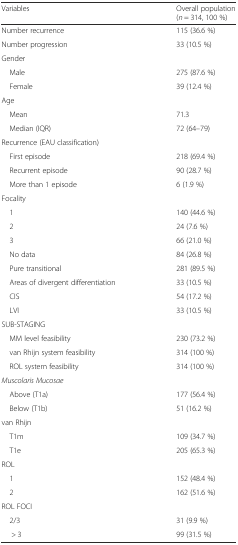
| Variables | Overall population (n = 314, 100 %) |
 | --- | --- |
 | Number recurrence | 115 (36.6 %) |
 | Number progression | 33 (10.5 %) |
 | <COLSPAN=2> Gender |
 | Male | 275 (87.6 %) |
 | Female | 39 (12.4 %) |
 | <COLSPAN=2> Age |
 | Mean | 71.3 |
 | Median (IQR) | 72 (64–79) |
 | <COLSPAN=2> Recurrence (EAU classification) |
 | First episode | 218 (69.4 %) |
 | Recurrent episode | 90 (28.7 %) |
 | More than 1 episode | 6 (1.9 %) |
 | <COLSPAN=2> Focality |
 | 1 | 140 (44.6 %) |
 | 2 | 24 (7.6 %) |
 | 3 | 66 (21.0 %) |
 | No data | 84 (26.8 %) |
 | Pure transitional | 281 (89.5 %) |
 | Areas of divergent differentiation | 33 (10.5 %) |
 | CIS | 54 (17.2 %) |
 | LVI | 33 (10.5 %) |
 | <COLSPAN=2> SUB-STAGING |
 | MM level feasibility | 230 (73.2 %) |
 | van Rhijn system feasibility | 314 (100 %) |
 | ROL system feasibility | 314 (100 %) |
 | <COLSPAN=2> Muscolaris Mucosae |
 | Above (T1a) | 177 (56.4 %) |
 | Below (T1b) | 51 (16.2 %) |
 | <COLSPAN=2> van Rhijn |
 | T1m | 109 (34.7 %) |
 | T1e | 205 (65.3 %) |
 | <COLSPAN=2> ROL |
 | 1 | 152 (48.4 %) |
 | 2 | 162 (51.6 %) |
 | <COLSPAN=2> ROL FOCI |
 | 2/3 | 31 (9.9 %) |
 | > 3 | 99 (31.5 %) |